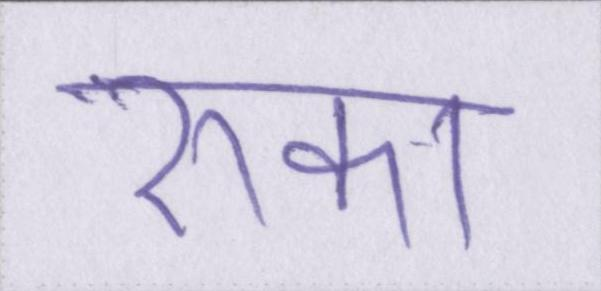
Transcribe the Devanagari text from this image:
रुका